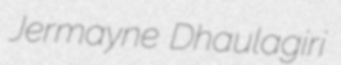
Jermayne Dhaulagiri